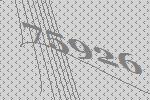
75926